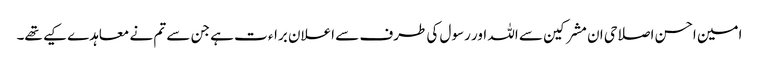
امین احسن اصلاحی ان مشرکین سے اللہ اور رسول کی طرف سے اعلان براء ت ہے جن سے تم نے معاہدے کیے تھے۔